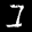
Label: 1